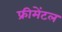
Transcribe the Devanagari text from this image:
फ्रीमेंटल